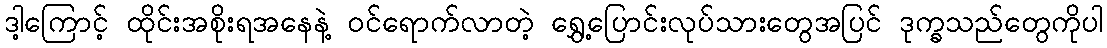
ဒါ့ကြောင့် ထိုင်းအစိုးရအနေနဲ့ ၀င်ရောက်လာတဲ့ ရွှေ့ပြောင်းလုပ်သားတွေအပြင် ဒုက္ခသည်တွေကိုပါ